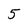
Character: 5